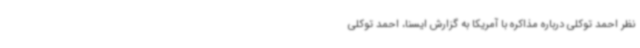
نظر احمد توکلی درباره مذاکره با آمریکا به گزارش ایسنا، احمد توکلی